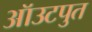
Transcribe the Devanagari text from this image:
ऑउटपुत